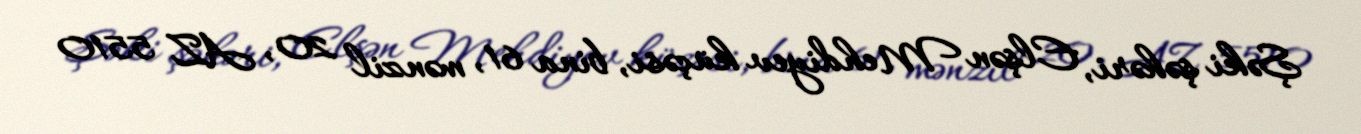
Şəki şəhəri, Elşən Mehdiyev küçəsi, bina 61, mənzil 20, AZ 5510